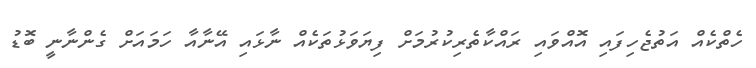
ހެތްކެއް އަތުޖެހިފައި އޮއްވައި ރައްކާތެރިކުރުމަށް ފިޔަވަޅުތަކެއް ނާޅައި އޭނާއާ ހަމައަށް ގެންނާނީ ބޮޑު